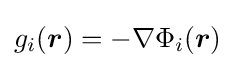
g_{i}({\boldsymbol {r}})=-\nabla \Phi _{i}({\boldsymbol {r}})